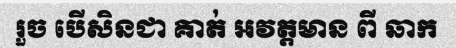
រួច បើសិនជា គាត់ អវត្តមាន ពី ឆាក